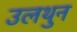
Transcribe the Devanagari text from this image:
उलथुन